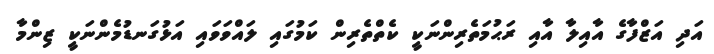
އަދި އަޒްފާގެ އާއިލާ އާއި ރަޙުމަތެރިންނަކީ ކެތްތެރިން ކަމުގައި ލައްވަވައި އަޅުގަނޑުމެންނަކީ ޒިންމާ